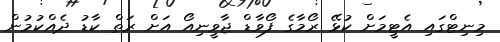
މިނިޓްގައި އެޓީމަށް ކުޅޭ ރޯމާގެ ފޯވާޑް ޖާވީނިއޯ އަށް ރަތް ކާޑު ދެއްކުމުން